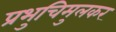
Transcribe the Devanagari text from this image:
प्रभुचिमुलकर